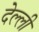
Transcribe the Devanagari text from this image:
देल्ली